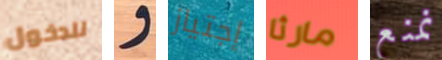
للدخول و إجتياز مارثا نمنع